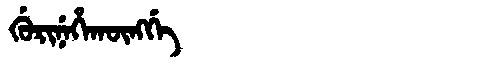
Manchu: ᡤᡠᡵᡳᠨᡝᡥᠠᡴᡡᠩᡤᡝ
Romanization: GURINEHAKŪNGGE